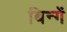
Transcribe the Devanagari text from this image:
बिन्गें